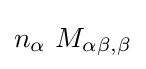
n_{\alpha }~M_{\alpha \beta ,\beta }